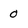
Character: 0